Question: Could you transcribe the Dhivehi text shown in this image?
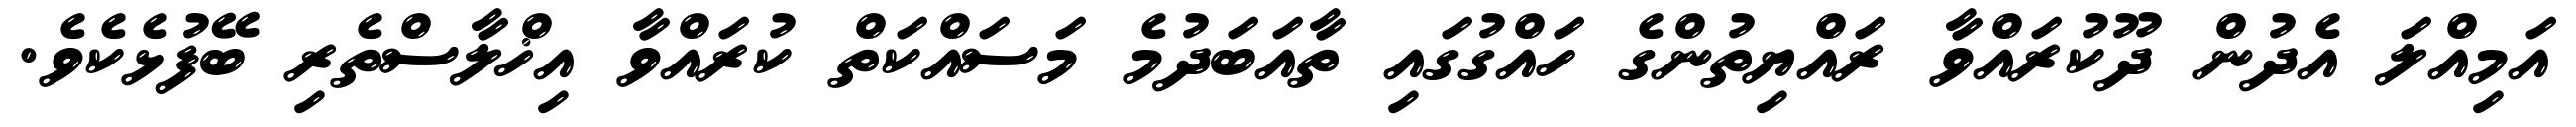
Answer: އަމިއްލަ އެދުން ދޫކުރައްވާ ރައްޔިތުންގެ ހައްގުގައި ތާއަބަދުމެ މަސައްކަތް ކުރައްވާ އިޚްލާސްތެރި ބޭފުޅެކެވެ.